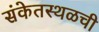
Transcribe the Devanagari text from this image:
संकेतस्थळची